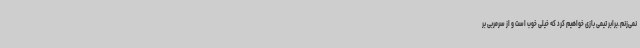
نمی‌زنم.برابر تیمی بازی خواهیم کرد که خیلی خوب است و از سرمربی بر